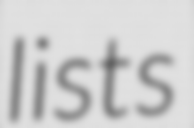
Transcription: lists